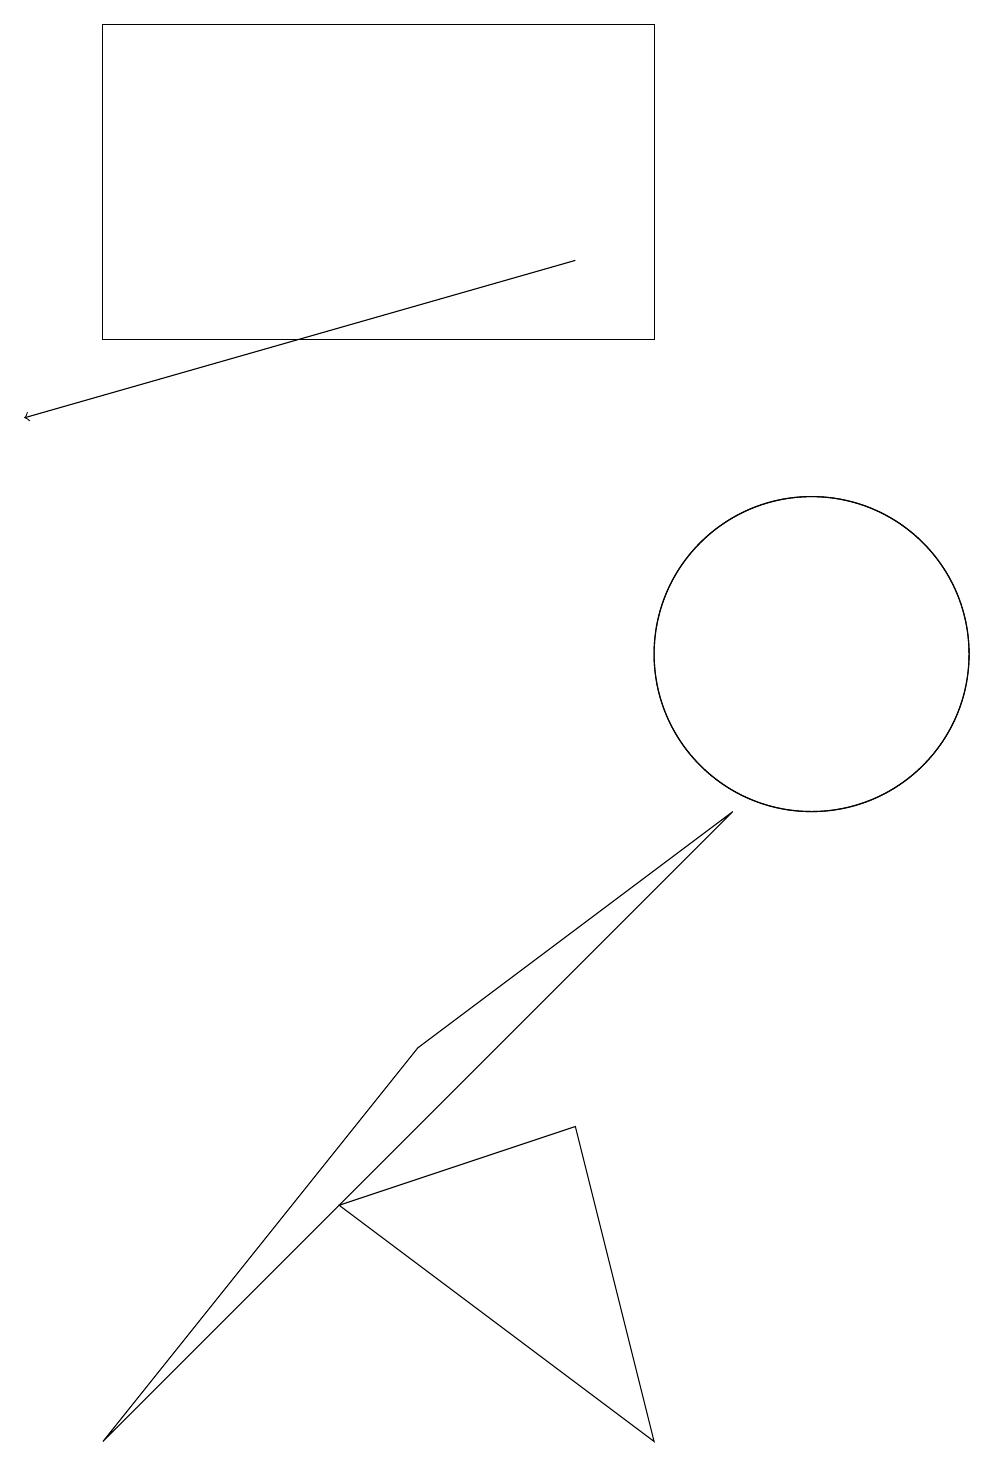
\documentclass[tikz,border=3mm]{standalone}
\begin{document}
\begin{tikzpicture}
\draw (10,11) circle (2);
\draw (9,9) -- (5,6) -- (1,1) -- cycle;
\draw[->] (7,16) -- (0,14);
\draw (10,11) circle (2);
\draw (8,1) -- (7,5) -- (4,4) -- cycle;
\draw (1,15) rectangle (8,19);
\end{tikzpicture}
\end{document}